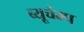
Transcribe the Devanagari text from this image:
ब्यूचैम्प